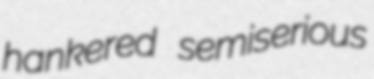
hankered semiserious